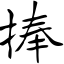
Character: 捧